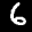
Label: 6